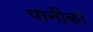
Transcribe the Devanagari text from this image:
पानीको